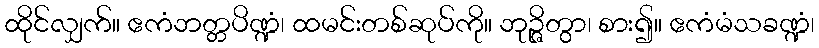
ထိုင်လျှက်။ ဧကံဘတ္တပိဏ္ဍံ၊ ထမင်းတစ်ဆုပ်ကို။ ဘုဉ္ဇိတွာ၊ စား၍။ ဧကံမံသခဏ္ဍံ၊